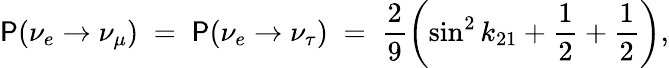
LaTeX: \mathsf{P}(\nu_{e}\to\nu_{\mu})\; =\; \mathsf{P}(\nu_{e}\to\nu_{\tau})\; =\; \frac{{2}}{{9}}\left(\sin^{2}k_{21}+\frac{{1}}{{2}}+\frac{{1}}{{2}}\right),